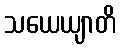
သယေယျာတိ